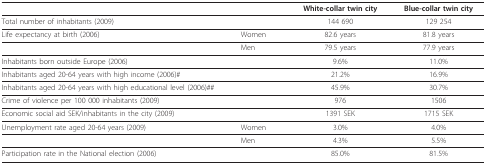
|  |  | White-collar twin city | Blue-collar twin city |
 | --- | --- | --- | --- |
 | Total number of inhabitants (2009) |  | 144 690 | 129 254 |
 | Life expectancy at birth (2006) | Women | 82.6 years | 81.8 years |
 |  | Men | 79.5 years | 77.9 years |
 | Inhabitants born outside Europe (2006) |  | 9.6% | 11.0% |
 | Inhabitants aged 20-64 years with high income (2006)# |  | 21.2% | 16.9% |
 | Inhabitants aged 20-64 years with high educational level (2006)## |  | 45.9% | 30.7% |
 | Crime of violence per 100 000 inhabitants (2009) |  | 976 | 1506 |
 | Economic social aid SEK/inhabitants in the city (2009) |  | 1391 SEK | 1715 SEK |
 | Unemployment rate aged 20-64 years (2009) | Women | 3.0% | 4.0% |
 |  | Men | 4.3% | 5.5% |
 | Participation rate in the National election (2006) |  | 85.0% | 81.5% |